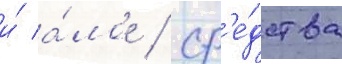
и́ а́лое / ср'е́дства